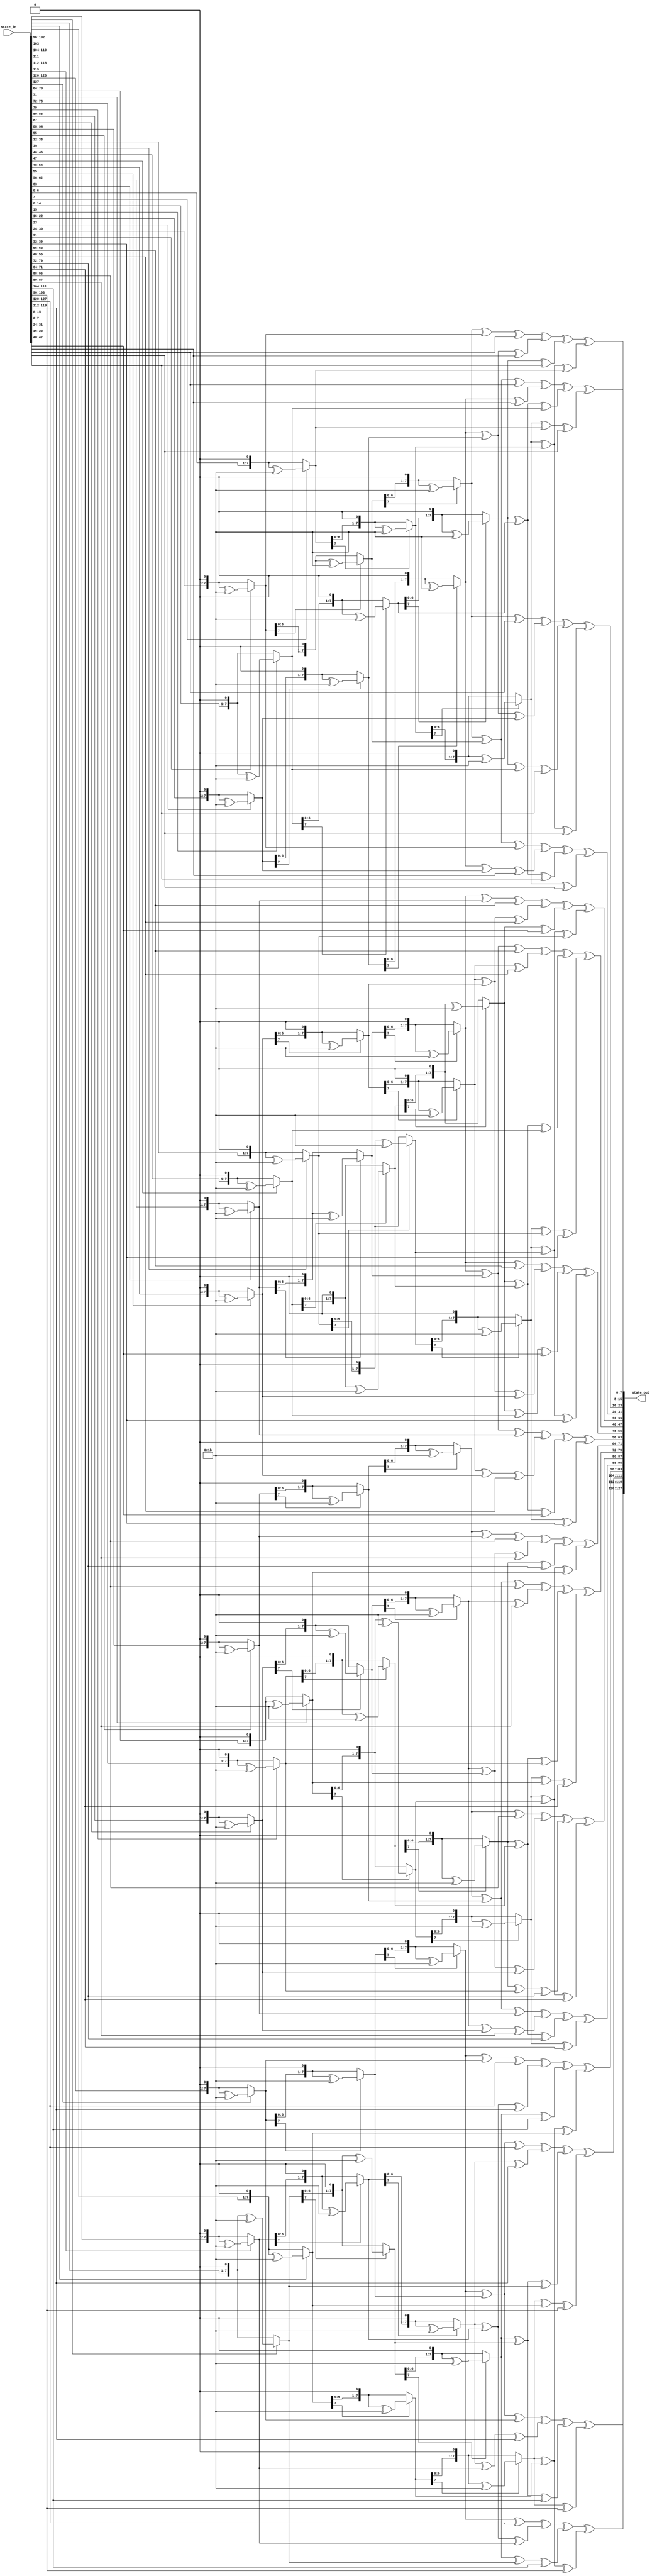
module inverseMixColumns(state_in,state_out);
input [127:0] state_in;
output [127:0] state_out;

/*
Multiplication by 2 can be implemented at the byte level as a left shift and a subsequent
conditional bitwise XOR with {1b},where bitwise xor with {1b} is done if x[7]= 1.
Multiplication by higher powers of x can be implemented by repeated application of multiplication by 2.
*/

//This function multiply by {02} n-times
function[7:0] multiply(input [7:0]x,input integer n);
integer i;
begin
	for(i=0;i<n;i=i+1)begin
		if(x[7] == 1) x = ((x << 1) ^ 8'h1b);
		else x = x << 1; 
	end
	multiply=x;
end

endfunction


/* 
	Multiply by {0e} is done by :
	(multiplying by {02} 3 times which is equivalent to multiplication by {08}) xor
	(multiplying by {02} 2 times which is equivalent to multiplication by {04}) xor
	(multiplying by {02})
	so that 8+4+2= e. where xor is the addition of elements in finite fields
*/
function [7:0] mb0e; //multiply by {0e}
input [7:0] x;
begin
	mb0e=multiply(x,3) ^ multiply(x,2)^ multiply(x,1);
end
endfunction

/* 
	Multiply by {0d} is done by :
	(multiplying by {02} 3 times which is equivalent to multiplication by {08}) xor
	(multiplying by {02} 2 times which is equivalent to multiplication by {04}) xor
	(the original x)
	so that 8+4+1= d. where xor is the addition of elements in finite fields
*/
function [7:0] mb0d; //multiply by {0d}
input [7:0] x;
begin
	mb0d=multiply(x,3) ^ multiply(x,2)^ x;
end
endfunction


/* 
	Multiply by {0b} is done by :
	(multiplying by {02} 3 times which is equivalent to multiplication by {08}) xor
	(multiplying by {02}) xor (the original x)
	so that 8+2+1= b. where xor is the addition of elements in finite fields
*/

function [7:0] mb0b;  //multiply by {0b}
input [7:0] x;
begin
	mb0b=multiply(x,3) ^ multiply(x,1)^ x;
end
endfunction
/* 
	Multiply by {09} is done by :
	(multiplying by {02} 3 times which is equivalent to multiplication by {08}) xor (the original x)
	so that 8+1= 9. where xor is the addition of elements in finite fields
*/

function [7:0] mb09; //multiply by {09}
input [7:0] x;
begin
	mb09=multiply(x,3) ^  x;
end
endfunction

genvar i;

generate 
for(i=0;i< 4;i=i+1) begin : m_col

	assign state_out[(i*32 + 24)+:8]= mb0e(state_in[(i*32 + 24)+:8]) ^ mb0b(state_in[(i*32 + 16)+:8]) ^ mb0d(state_in[(i*32 + 8)+:8]) ^ mb09(state_in[i*32+:8]);
	assign state_out[(i*32 + 16)+:8]= mb09(state_in[(i*32 + 24)+:8]) ^ mb0e(state_in[(i*32 + 16)+:8]) ^ mb0b(state_in[(i*32 + 8)+:8]) ^ mb0d(state_in[i*32+:8]);
	assign state_out[(i*32 + 8)+:8]= mb0d(state_in[(i*32 + 24)+:8]) ^ mb09(state_in[(i*32 + 16)+:8]) ^ mb0e(state_in[(i*32 + 8)+:8]) ^ mb0b(state_in[i*32+:8]);
   assign state_out[i*32+:8]= mb0b(state_in[(i*32 + 24)+:8]) ^ mb0d(state_in[(i*32 + 16)+:8]) ^ mb09(state_in[(i*32 + 8)+:8]) ^ mb0e(state_in[i*32+:8]);

end

endgenerate


endmodule